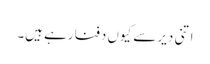
اتنی دیر سے کیوں دفنا رہے ہیں۔